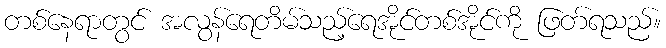
တစ်နေရာတွင် အလွန်ရေတိမ်သည့်ရေအိုင်တစ်အိုင်ကို ဖြတ်ရသည်။